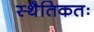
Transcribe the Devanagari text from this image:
स्थैतिकतः